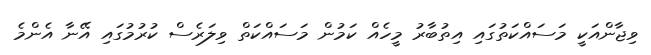
ވިޖާންއަކީ މަސައްކަތުގައި އިތުބާރު މީހެއް ކަމުން މަސައްކަތް ވިލަރެސް ކުރުމުގައި އޭނާ އެންމެ